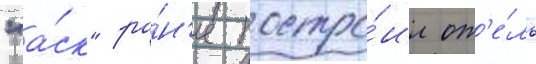
"а́ск" ра́н'ее постро́ил от'е́ль